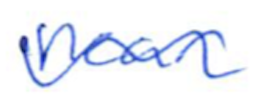
Text: near
Cross-out: wave
Writing tool: ballpoint